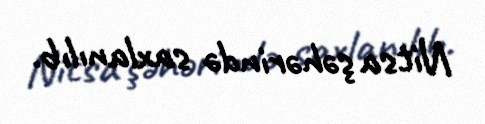
Nitsa şəhərində saxlanılıb.